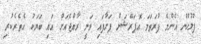
ފުލުހުން އެންމެ ފުރަތަމަ އޮޕަރޭޝަން ފަށާފައި ވަނީ ރާއްޖެއަށް އައި ބަޔަކު އެތެރެކުރި